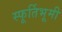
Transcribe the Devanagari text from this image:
स्फूर्तिभूमी